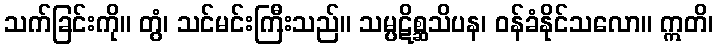
သက်ခြင်းကို။ တွံ၊ သင်မင်းကြီးသည်။ သမ္ပဋိစ္ဆသိပန၊ ဝန်ခံနိုင်သလော။ ဣတိ၊